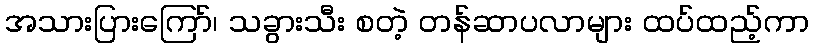
အသားပြားကြော်၊ သခွားသီး စတဲ့ တန်ဆာပလာများ ထပ်ထည့်ကာ